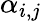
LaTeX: \alpha_{i,j}